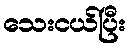
သေးငယ်ပြီး